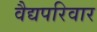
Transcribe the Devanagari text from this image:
वैद्यपरिवार